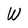
Character: W